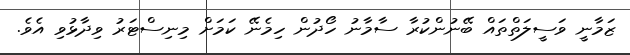
ޒަމާނީ ވަސީލަތްތައް ބޭނުންކުރާ ސާމާނު ހޯދުން ހިމެނޭ ކަމަށް މިނިސްޓަރު ވިދާޅުވި އެވެ.